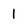
Character: 1